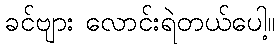
ခင်ဗျား လောင်းရဲတယ်ပေါ့။